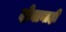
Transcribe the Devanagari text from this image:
दोघानाही